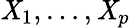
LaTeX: \mathit{X}_{1},\ldots,\mathit{X}_{p}